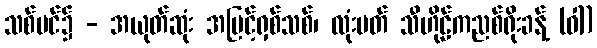
သစ်ပင်၌ - အယုတ်ဆုံး အမြင့်ရှစ်သစ်၊ လုံးပတ် သီဟိုဠ်ကညစ်ရိုးခန့် (ဝါ)